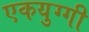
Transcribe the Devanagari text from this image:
एकयुग्गी